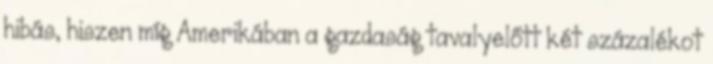
hibás, hiszen míg Amerikában a gazdaság tavalyelőtt két százalékot